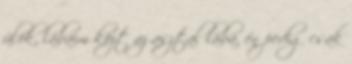
ülök, lábaim közt az asztal lába, én pedig csak